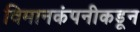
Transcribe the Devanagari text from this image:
विमानकंपनीकडून